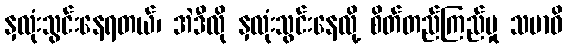
နှလုံးသွင်းနေရတယ်၊ အဲဒီလို နှလုံးသွင်းနေလို့ စိတ်တည်ကြည်မှု သမာဓိ